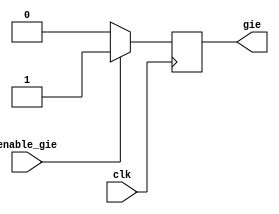
// This program was cloned from: https://github.com/Mahmoud-Abdelraouf/Computer-Organization-and-Architecture
// License: MIT License

module GlobalInterruptEnable (
  input clk,           // Clock input
  input enable_gie,    // Enable signal for General Interrupt Enable
  output reg gie       // General Interrupt Enable
);

  always @(posedge clk) begin
    if (enable_gie) begin
      // Enable GIE
      gie <= 1;
    end else begin
      // Disable GIE
      gie <= 0;
    end
  end

endmodule